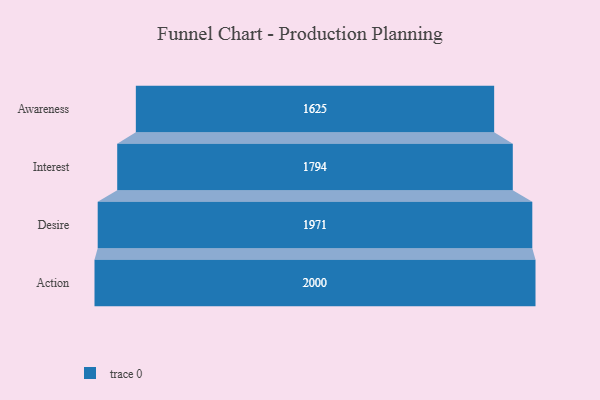
{"axis": {"x": "Stage", "y": "Value"}, "legend": [""], "data": [{"x": "Awareness", "y": 1625.0, "type": ""}, {"x": "Interest", "y": 1794.0, "type": ""}, {"x": "Desire", "y": 1971.0, "type": ""}, {"x": "Action", "y": 2000, "type": ""}]}